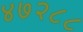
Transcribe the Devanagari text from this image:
४७२८८